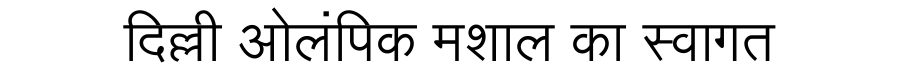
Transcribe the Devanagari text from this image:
दिल्ली ओलंपिक मशाल का स्वागत